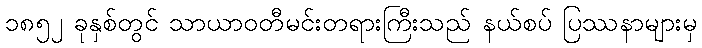
၁၈၅၂ ခုနှစ်တွင် သာယာဝတီမင်းတရားကြီးသည် နယ်စပ် ပြဿနာများမှ